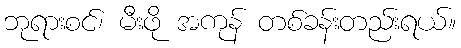
ဘုရားစင်၊ မီးဖို အကုန် တစ်ခန်းတည်းရယ်။